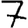
Digit: 7